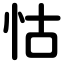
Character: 怙